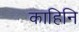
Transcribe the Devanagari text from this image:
काहिनि